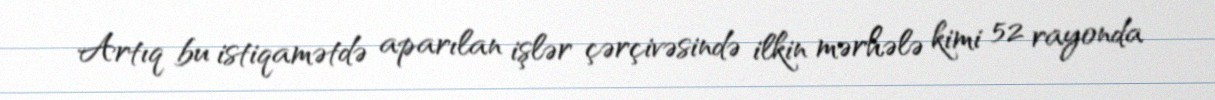
Artıq bu istiqamətdə aparılan işlər çərçivəsində ilkin mərhələ kimi 52 rayonda